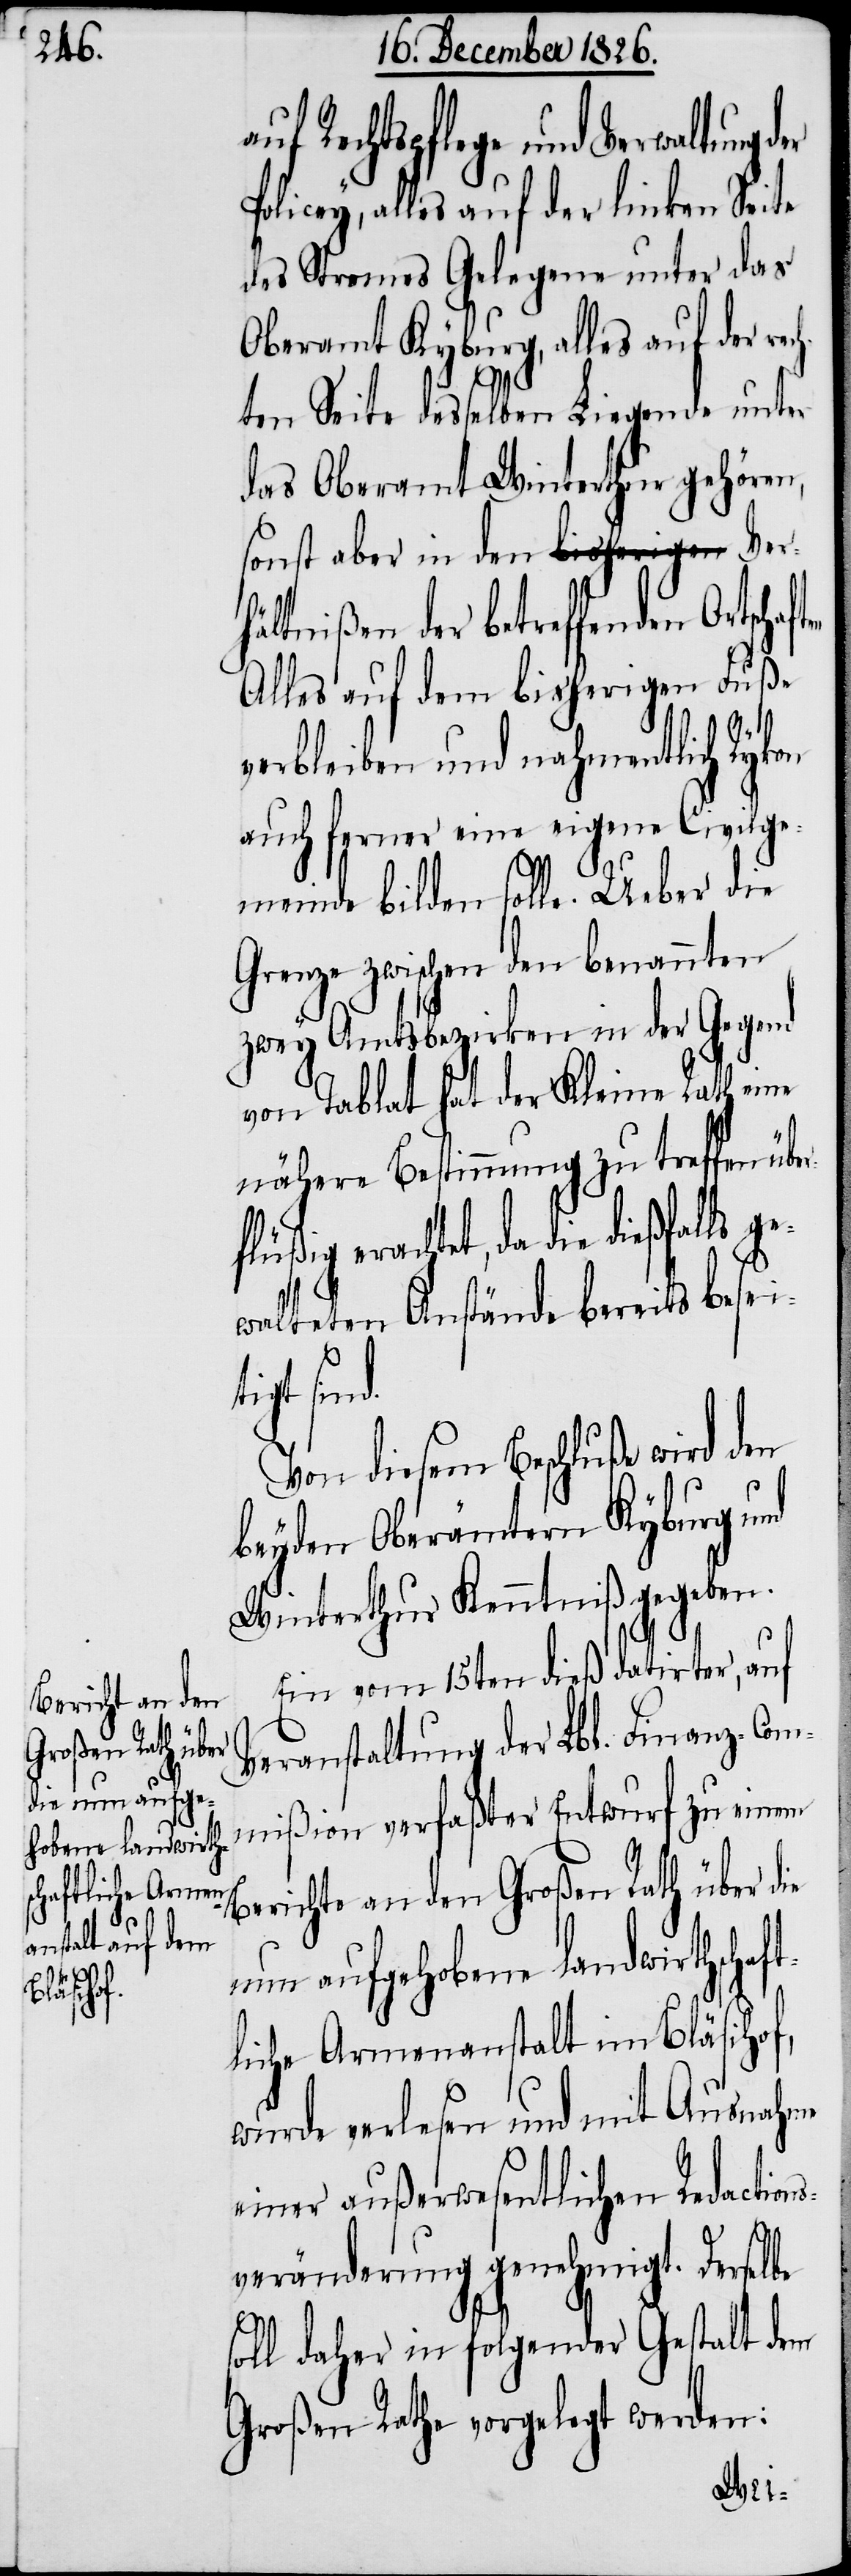
lls ge¬

uf Rechtspflege und Verwaltung d¬
licey, alles auf der linken Seite
des Stromes Gelegene unter das
Oberamt Kyburg, alles auf der r¬
ften
ten Seite desselben Liegende unter
das Oberamt Winterthur gehören,
sonst aber in den Ver¬
hältnißen der betreffenden Ortscha¬
Alles auf dem bisherigen Fuße
verbleiben und nahmentlich Rykon
auch ferner eine eigene Civilge¬
meinde bilden solle. Ueber die
Grenze zwischen den benannten
zwey Amtsbezirken in der Gegend
von Tablat hat der Kleine Rath eine
nähere Bestimmung zu treffen übe¬
flüßig erachtet, da die dießfa¬
walteten Anstände bereits besei¬
tigt sind.
Von diesem Beschluße wird den
beyden Oberämtern Kyburg und
Winterthur Kenntniß gegeben.
Ein vom 15ten dieß datirter, auf
Veranstaltung der Lbl. Finanz-Com¬
mißion verfaßter Entwurf zu einem
Berichte an den Großen Rath über die
nun aufgehobene landwirthschaf¬
tliche Armenanstalt im Bläsihof,
wurde verlesen und mit Ausnahme
einer außerwesentlichen Redactio¬
veränderung genehmigt. Derselbe
s¬
oll daher in folgender Gestalt dem
Großen Rath vorgelegt werden: